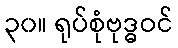
၃၀။ ရုပ်စုံဗုဒ္ဓဝင်